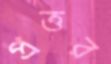
প্রত্তর